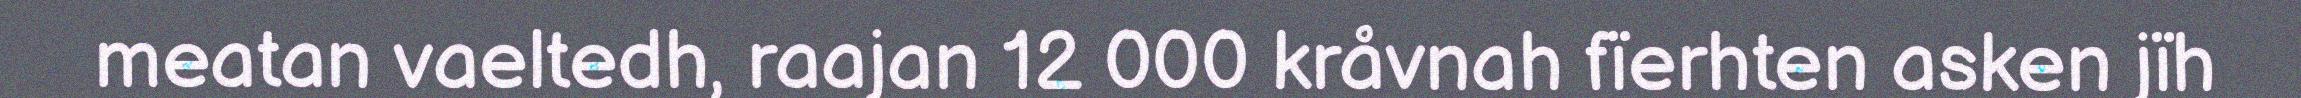
meatan vaeltedh, raajan 12 000 kråvnah fïerhten asken jïh